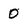
Character: 0